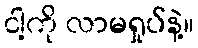
ငါ့ကို လာမရှုပ်နဲ့။